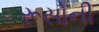
રૂસોની